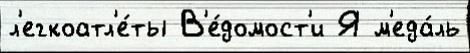
л'егкоатл'е́ты В'е́домост'и Я м'еда́ль